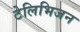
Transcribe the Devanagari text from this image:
टेलिभिजन